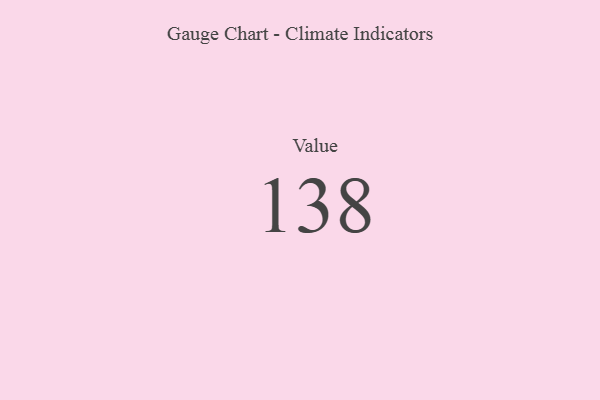
{"axis": {"x": "Metric", "y": "Value"}, "legend": [""], "data": [{"x": "Value", "y": 138, "type": ""}]}